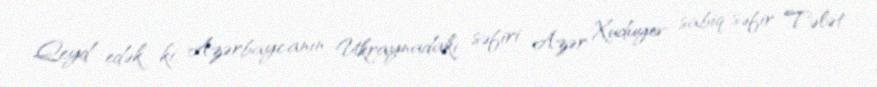
Qeyd edək ki, Azərbaycanın Ukraynadakı səfiri Azər Xuduyev sabiq səfir Tələt